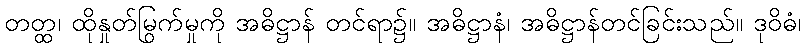
တတ္ထ၊ ထိုနှုတ်မြွက်မှုကို အဓိဋ္ဌာန် တင်ရာ၌။ အဓိဋ္ဌာနံ၊ အဓိဋ္ဌာန်တင်ခြင်းသည်။ ဒုဝိဓံ၊